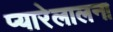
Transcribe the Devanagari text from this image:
प्यारेलालना